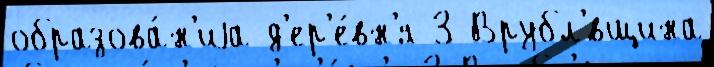
образова́н'иjа д'ер'е́вн'я 3 Врубл'́вщина